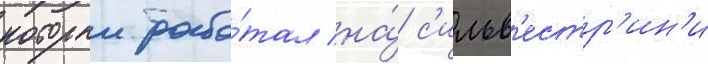
которыи рабо́тал на́ с'ильв'естр'ин'и